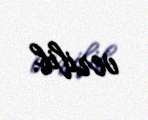
verilib.